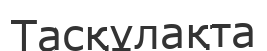
Тасқұлақта